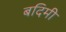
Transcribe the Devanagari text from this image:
बदिमी